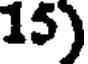
15)